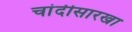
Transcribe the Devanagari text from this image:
चांदीसारखा